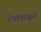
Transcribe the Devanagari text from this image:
रेषांपासून